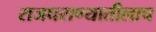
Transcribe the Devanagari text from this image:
राजघराण्यातीलाच